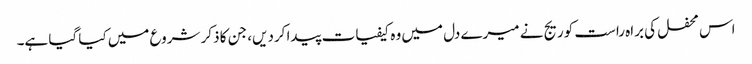
اس محفل کی براہ راست کوریج نے میرے دل میں وہ کیفیات پیدا کردیں، جن کا ذکر شروع میں کیا گیا ہے۔